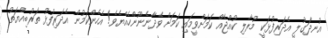
އުނދަގުލީ އެދަރިފުޅަކީ މުރާލި ކުއްޖެއް ކަމަށްވީމައި ކަމަށް ވެދާނެނޫންހެއްޔެވެ! އެހެންކަމުން އެދަރިފުޅު ތަރުބިއްޔަތު